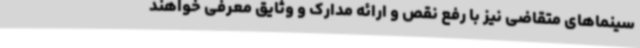
سینماهای متقاضی نیز با رفع نقص و ارائه مدارک و وثایق معرفی خواهند